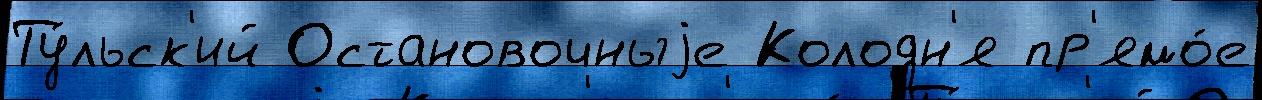
Ту́льск'ий Остановочныjе Колодн'я пр'ямо́е